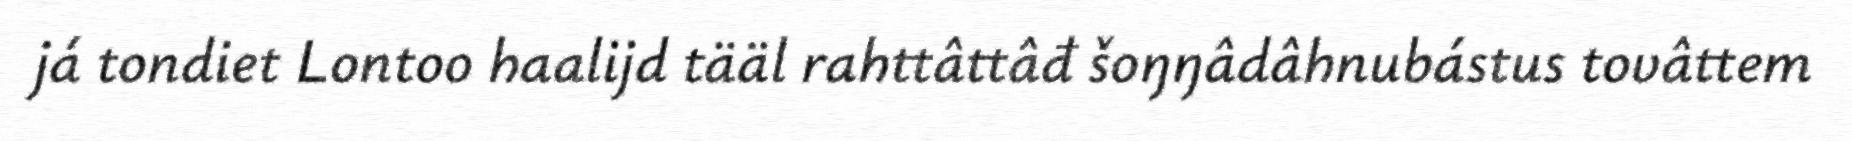
já tondiet Lontoo haalijd tääl rahttâttâđ šoŋŋâdâhnubástus tovâttem